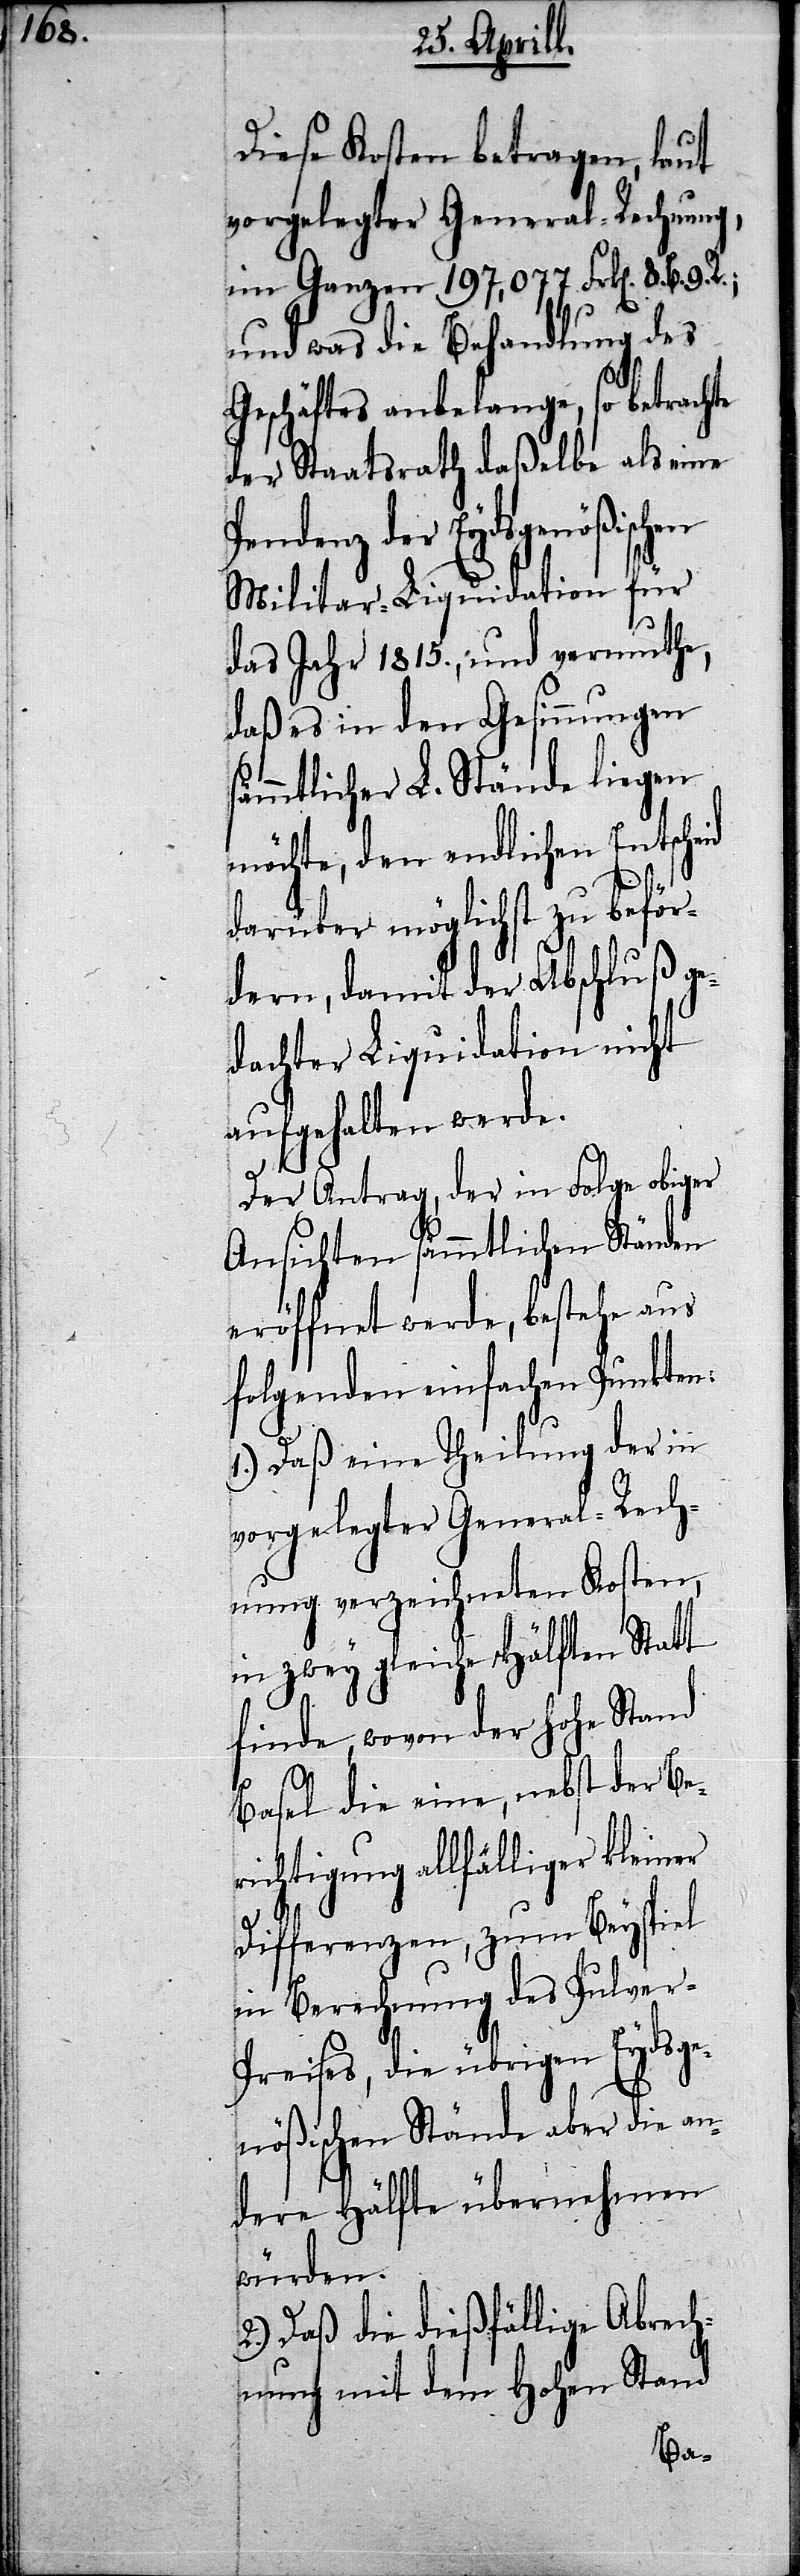
en

Diese Kosten betragen, laut
vorgelegter General-Rechnung
im Ganzen 197,077 Frk[en]. 8.
und was die Behandlung des
Geschäftes anbelange, so betrachte
der Staatsrath daßelbe als eine
endenz der Eydsgenößisch¬
Militar-Liquidation für
das Jahr 1815., und vermuthe,
daß es in den Gesinnungen s¬
ämmtlicher L. Stände liegen
möchte, den endlichen Entscheid
darüber möglichst zu beför¬
dern, damit der Abschluß ge¬
dachter Liquidation nicht
aufgehalten werde.
Der Antrag, der in Folge obiger
Ansichten sämmtlichen Ständen
eröffnet werde, bestehe aus
folgenden einfachen Punkten:
1.) Daß eine Theilung der in
vorgelegter General-Rech¬
nung verzeichneten Kosten,
in zwey gleiche Hälften Statt
finde, wovon der Hohe Stand
Basel die eine, nebst der Be¬
richtigung allfälliger kleiner
Differenzen, zum Beyspiel
in Berechnung des Pulver-P¬
reises, die übrigen Eydsge¬
nößischen Stände aber die an¬
dere Hälfte übernehmen
würden.
2.) Daß die dießfällige Abrech¬
nung mit dem Hohen Stand
P¬